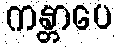
ကန္တာပေ